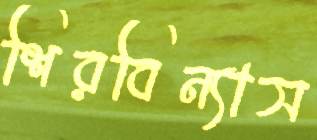
শিরবিন্যাস